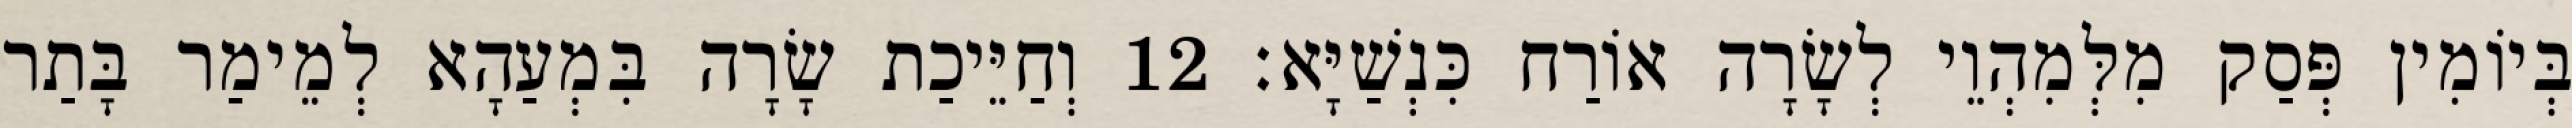
בְּיוֹמִין פְּסַק מִלְּמִהְוֵי לְשָׂרָה אוֹרַח כִּנְשַׁיָּא׃ 12 וְחַיֵּיכַת שָׂרָה בִּמְעַהָא לְמֵימַר בָּתַר